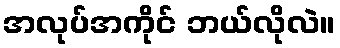
အလုပ်အကိုင် ဘယ်လိုလဲ။